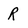
Character: R